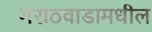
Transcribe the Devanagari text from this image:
मराठवाडामधील